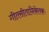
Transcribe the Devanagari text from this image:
गीतसीतानिकेतकः